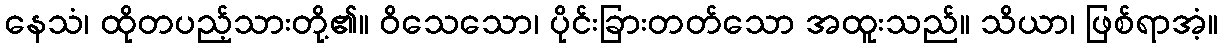
နေသံ၊ ထိုတပည့်သားတို့၏။ ဝိသေသော၊ ပိုင်းခြားတတ်သော အထူးသည်။ သိယာ၊ ဖြစ်ရာအံ့။